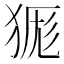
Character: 𭸔